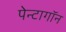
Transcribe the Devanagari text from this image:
पेन्टागॉन